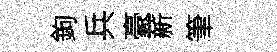
鉤兵豪薪筆